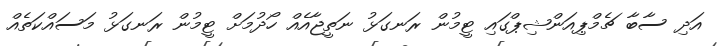
އަދި ސާބާ ޗެމްޕިއަންޝިޕްގައި ޓީމުން ރަނގަޅު ނަތީޖާއެއް ހޯދުމަށް ޓީމުން ރަނގަޅު މަސައްކަތެއް